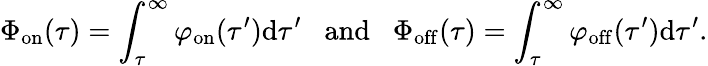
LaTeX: \Phi_{\mathrm{on}}(\tau)=\int_{\tau}^{\infty}\varphi_{\mathrm{\mathrm{on}}}(\tau^{\prime})\mathrm{d}\tau^{\prime}\; \; \mathrm{~and~}\; \; \Phi_{\mathrm{off}}(\tau)=\int_{\tau}^{\infty}\varphi_{\mathrm{\mathrm{off}}}(\tau^{\prime})\mathrm{d}\tau^{\prime}.